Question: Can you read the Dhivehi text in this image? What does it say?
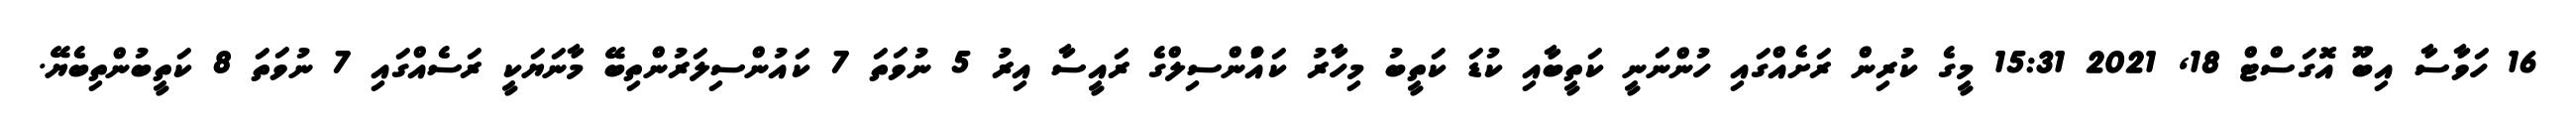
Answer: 16 ހަވާސާ އިބޫ އޮގަސްޓް 18, 2021 15:31 މީގެ ކުރިން ރަށެއްގައި ހުންނަނީ ކަތީބާއި ކުޑަ ކަތީބު މިހާރު ކައުްންސިލްގެ ރައީސާ އިރު 5 ނުވަތަ 7 ކައުންސިލަރުންތިބޭ މާނަޔަކީ ރަސެއްގައި 7 ނުވަތަ 8 ކަތީބުންތިބެޔޭ.